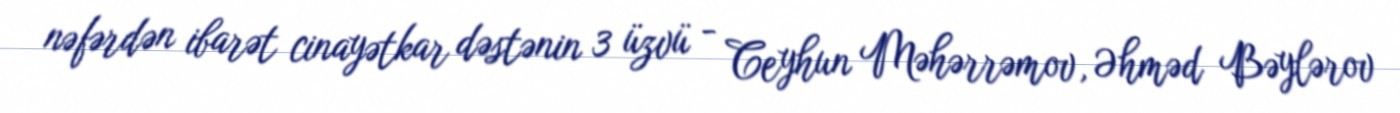
nəfərdən ibarət cinayətkar dəstənin 3 üzvü - Ceyhun Məhərrəmov, Əhməd Bəylərov